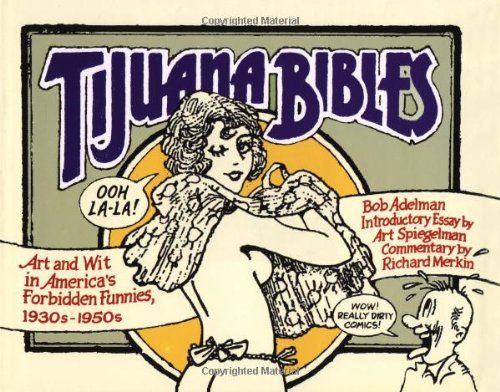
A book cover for Tijuana Bibles: Art and Wit in America's Forbidden Funnies, 1930s-1950s; Bob Adelman; Romance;